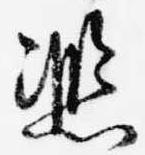
熈